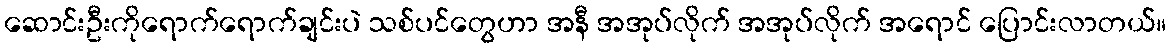
ဆောင်းဦးကိုရောက်ရောက်ချင်းပဲ သစ်ပင်တွေဟာ အနီ အအုပ်လိုက် အအုပ်လိုက် အရောင် ပြောင်းလာတယ်။